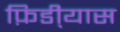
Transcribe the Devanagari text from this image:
फ़िडी्यास